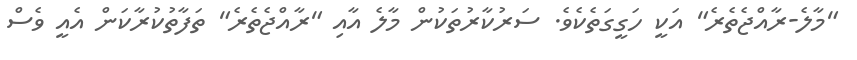
"މާލެ-ރާއްޖެތެރެ" އަކީ ހަގީގަތެކެވެ. ސަރުކާރުތަކުން މާލެ އާއި "ރާއްޖެތެރެ" ތަފާތުކުރާކަން އެއީ ވެސް